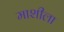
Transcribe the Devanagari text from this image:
माशीला